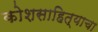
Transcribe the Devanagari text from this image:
कोशसाहित्याचा